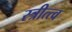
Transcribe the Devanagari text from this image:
स्त्रीत्त्व